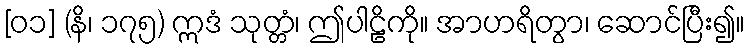
[၀၁] (နိ၊ ၁၇၅) ဣဒံ သုတ္တံ၊ ဤပါဠိကို။ အာဟရိတွာ၊ ဆောင်ပြီး၍။